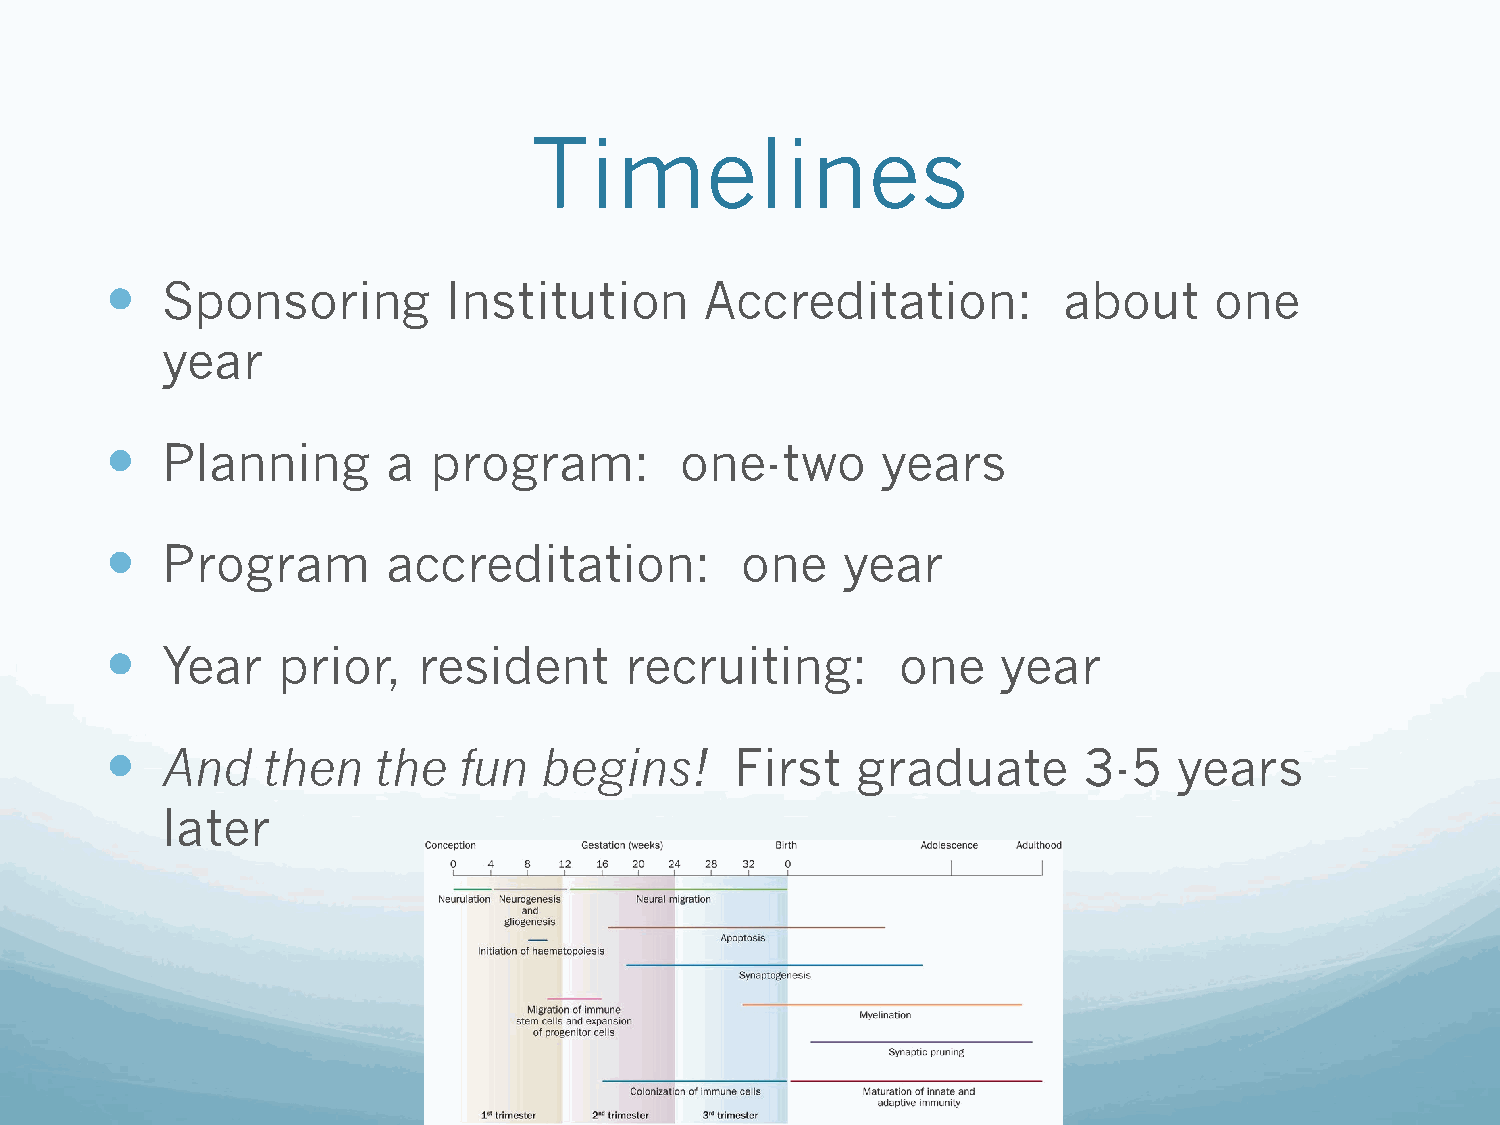
Timelines
    Sponsoring         Institution      Accreditation:         about     one
 year
    Planning       a program:         one-two      years
    Program        accreditation:         one    year
    Year   prior,    resident     recruiting:        one   year
    And   then    the  fun   begins!      First   graduate       3-5   years
 later